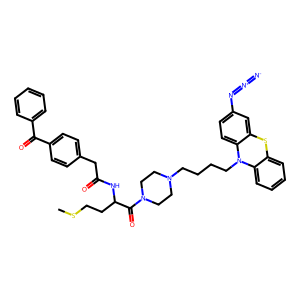
SMILES: CSCCC(NC(=O)Cc1ccc(C(=O)c2ccccc2)cc1)C(=O)N1CCN(CCCCN2c3ccccc3Sc3cc(N=[N+]=[N-])ccc32)CC1
Inhibits HIV replication: No